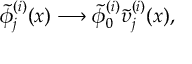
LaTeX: \tilde { \phi } _ { j } ^ { ( i ) } ( x ) \longrightarrow \tilde { \phi } _ { 0 } ^ { ( i ) } \tilde { \upsilon } _ { j } ^ { ( i ) } ( x ) ,